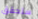
ستحقق